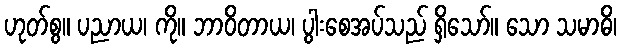
ဟုတ်စွ။ ပညာယ၊ ကို။ ဘာဝိတာယ၊ ပွါးစေအပ်သည် ရှိသော်။ သော သမာဓိ၊